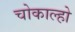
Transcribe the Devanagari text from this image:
चोकाल्हो